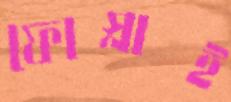
ফোস্‌লাই